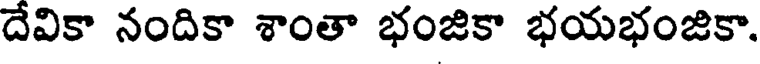
దేవికా నందికా శాంతా భంజికా భయభంజికా.